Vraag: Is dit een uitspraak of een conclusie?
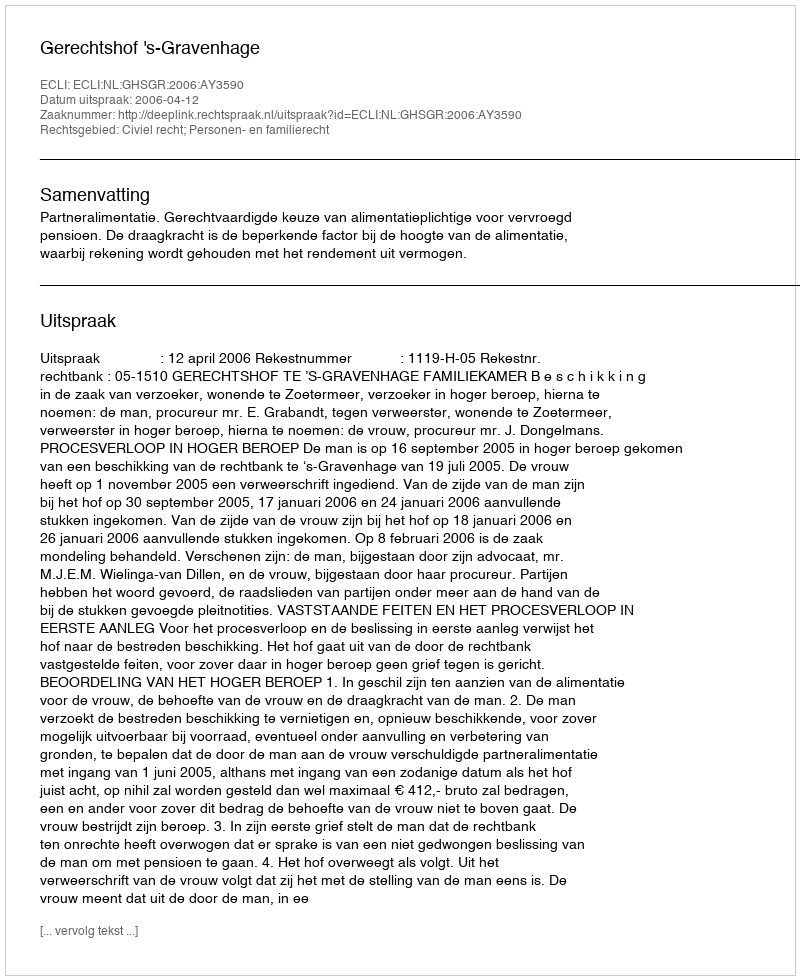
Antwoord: Uitspraak